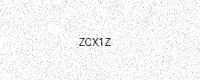
Text: ZCX1Z